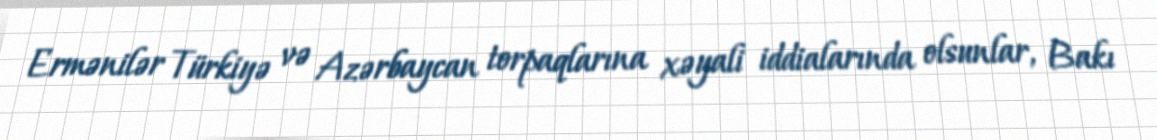
Ermənilər Türkiyə və Azərbaycan torpaqlarına xəyali iddialarında olsunlar, Bakı